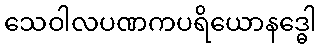
သေဝါလပဏကပရိယောနဒ္ဓေါ